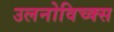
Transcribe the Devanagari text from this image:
उलनोविच्क्स